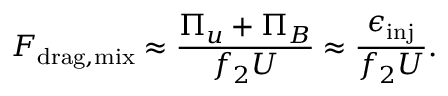
F _ { \mathrm { d r a g , m i x } } \approx \frac { \Pi _ { u } + \Pi _ { B } } { f _ { 2 } U } \approx \frac { \epsilon _ { \mathrm { i n j } } } { f _ { 2 } U } .